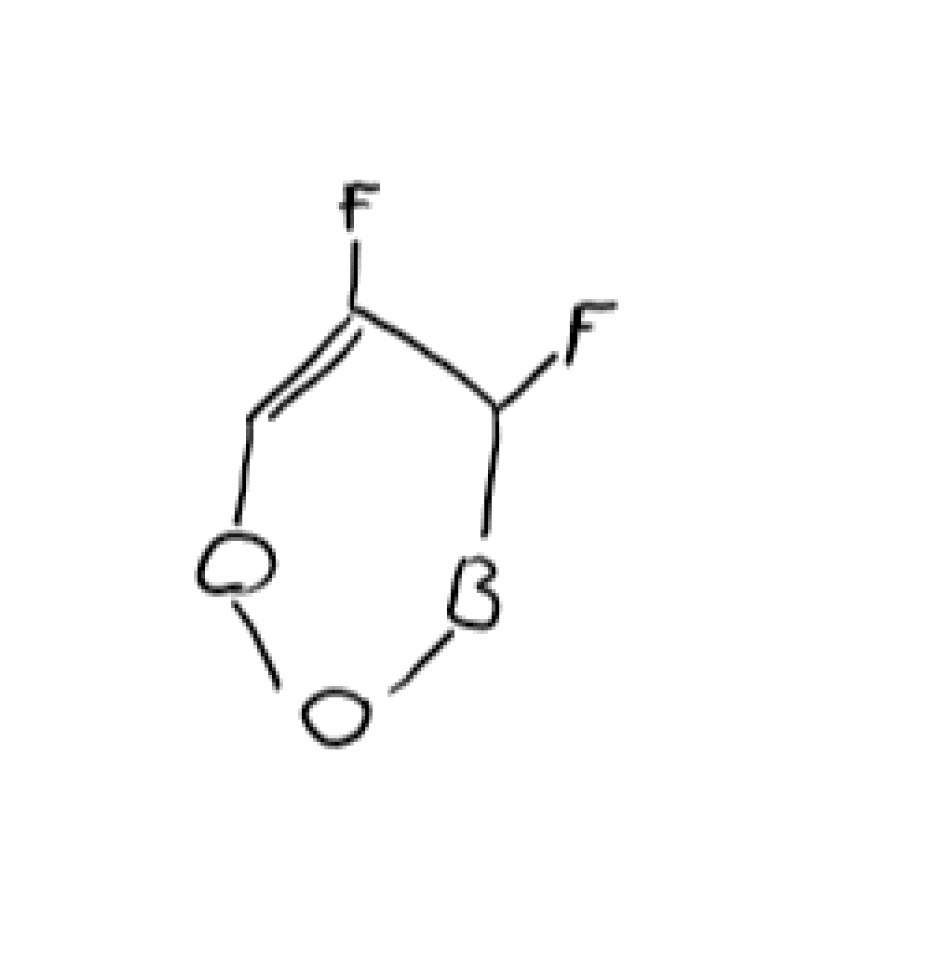
Simplified molecular-input line-entry system (SMILES) notation of the given molecule:
[B]1C(C(=COO1)F)F